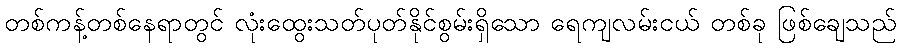
တစ်ကန့်တစ်နေရာတွင် လုံးထွေးသတ်ပုတ်နိုင်စွမ်းရှိသော ရေကျလမ်းငယ် တစ်ခု ဖြစ်ချေသည်